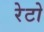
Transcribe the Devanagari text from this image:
रेटो